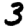
Digit: 3